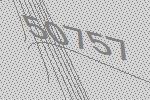
50757